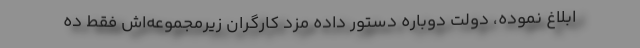
ابلاغ نموده، دولت دوباره دستور داده مزد کارگران زیرمجموعه‌اش فقط ده